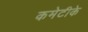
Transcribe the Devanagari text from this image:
कमेटीके